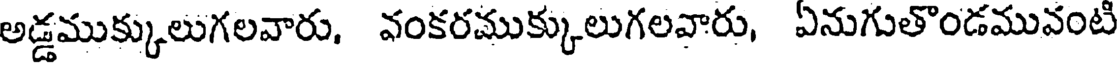
అడ్డముక్కులుగలవారు, వంకరముక్కులుగలవారు, ఏనుగుతొండమువంటి